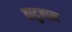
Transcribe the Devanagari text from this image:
वादुवान